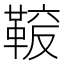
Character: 𩋛